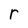
Character: r